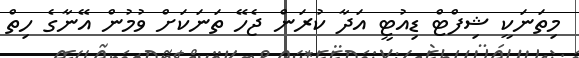
މިތަނަކީ ޝިފްޓް ޑިއުޓީ އަދާ ކުރަން ޖެހޭ ތަނަކަށް ވުމުން އޭނާގެ ހިތް